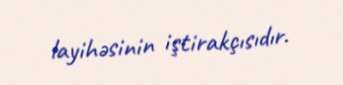
layihəsinin iştirakçısıdır.